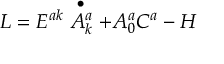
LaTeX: { \cal L } = E ^ { a k } \stackrel { \bullet } { A _ { k } ^ { a } } + A _ { 0 } ^ { a } C ^ { a } - { \cal H }